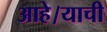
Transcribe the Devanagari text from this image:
आहे।याची